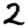
Digit: 2